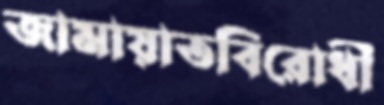
জামায়াতবিরোধী